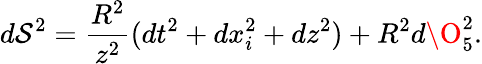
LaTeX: d\mathcal{S}^{2}={\frac{{R^{2}}}{{z^{2}}}}(dt^{2}+dx_{i}^{2}+dz^{2})+R^{2}d\O_{5}^{2}.